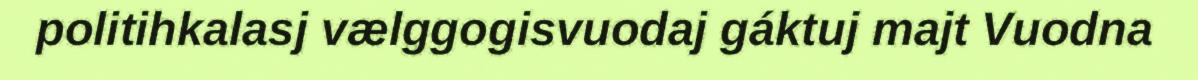
politihkalasj vælggogisvuodaj gáktuj majt Vuodna